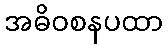
အဓိဝစနပထာ